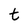
Character: t